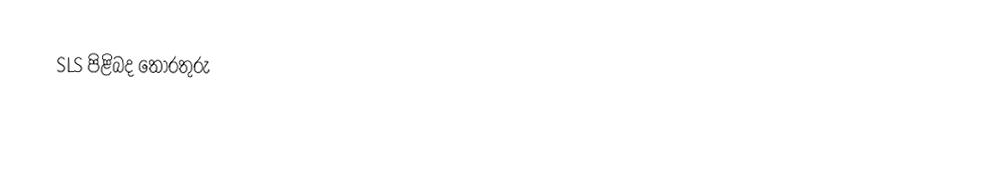
SLS පිළිබද තොරතුරු